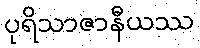
ပုရိသာဇာနီယဿ